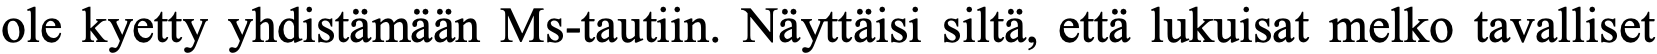
ole kyetty yhdistämään Ms-tautiin. Näyttäisi siltä, että lukuisat melko tavalliset